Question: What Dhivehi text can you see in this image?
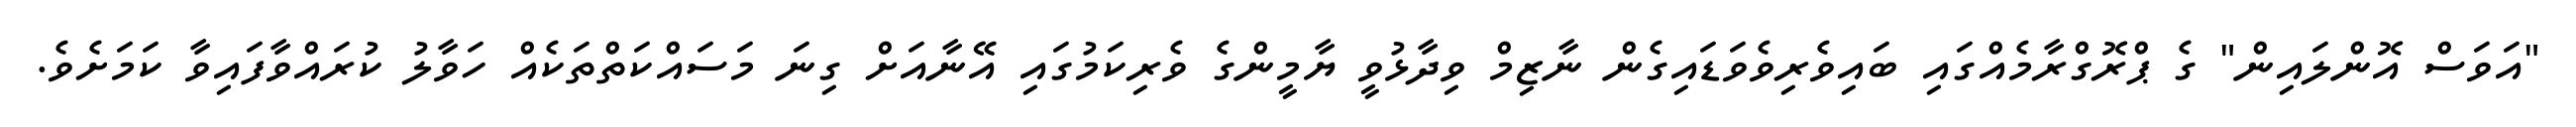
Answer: "އަވަސް އޮންލައިން" ގެ ޕްރޮގްރާމެއްގައި ބައިވެރިވެވަޑައިގެން ނާޒިމް ވިދާޅުވީ ޔާމީންގެ ވެރިކަމުގައި އޭނާއަށް ގިނަ މަސައްކަތްތަކެއް ހަވާލު ކުރައްވާފައިވާ ކަމަށެވެ.